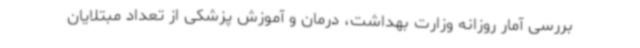
بررسی آمار روزانه وزارت بهداشت، درمان و آموزش پزشکی از تعداد مبتلایان